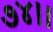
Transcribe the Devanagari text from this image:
७४।।